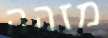
מזהה